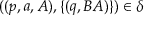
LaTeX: ( ( p , a , A ) , \{ ( q , B A ) \} ) \in \delta